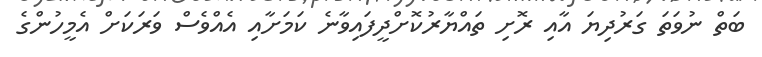
ބަތް ނުވަތަ ގަރުދިޔަ އާއި ރޮށި ތައްޔާރުކޮށްދީފައިވާނެ ކަމަށާއި އެއްވެސް ވަރަކަށް އެމީހުންގެ